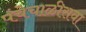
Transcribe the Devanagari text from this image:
पंचेचाळीसवा